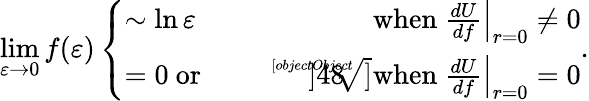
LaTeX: \operatorname*{lim}_{\varepsilon\rightarrow 0}f(\varepsilon)\left\{ \begin{array}{ll}{{\sim\ln\varepsilon}}&{{\mathrm{when~}\left.\frac{dU}{df}\right|_{r=0}\ne 0}}\\ {{=0~\mathrm{or}~\sqrt[[objectObject]]]{48}}}&{{\mathrm{when~}\left.\frac{dU}{df}\right|_{r=0}=0}}\end{array}\right..